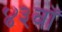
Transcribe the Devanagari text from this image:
४३वॉ